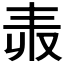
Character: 𠬻